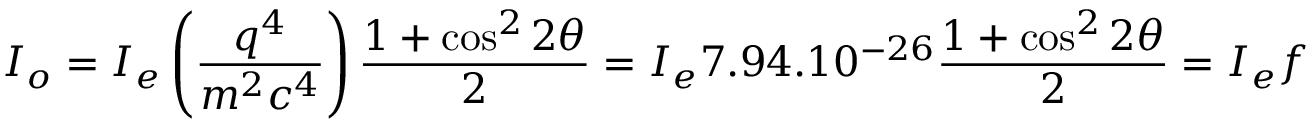
I _ { o } = I _ { e } \left( { \frac { q ^ { 4 } } { m ^ { 2 } c ^ { 4 } } } \right) { \frac { 1 + \cos ^ { 2 } 2 \theta } { 2 } } = I _ { e } 7 . 9 4 . 1 0 ^ { - 2 6 } { \frac { 1 + \cos ^ { 2 } 2 \theta } { 2 } } = I _ { e } f